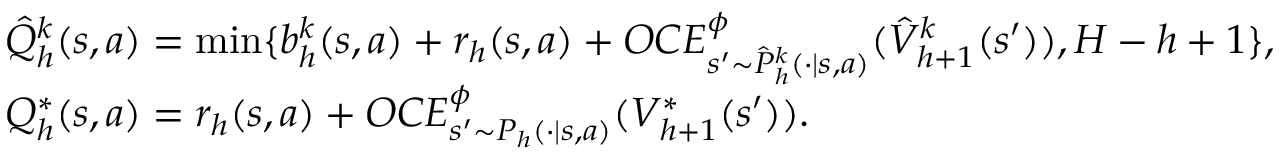
\begin{array} { r l } & { \hat { Q } _ { h } ^ { k } ( s , a ) = \operatorname* { m i n } \{ b _ { h } ^ { k } ( s , a ) + r _ { h } ( s , a ) + O C E _ { s ^ { \prime } \sim \hat { P } _ { h } ^ { k } ( \cdot \vert s , a ) } ^ { \phi } ( \hat { V } _ { h + 1 } ^ { k } ( s ^ { \prime } ) ) , H - h + 1 \} , } \\ & { Q _ { h } ^ { * } ( s , a ) = r _ { h } ( s , a ) + O C E _ { s ^ { \prime } \sim P _ { h } ( \cdot \vert s , a ) } ^ { \phi } ( V _ { h + 1 } ^ { * } ( s ^ { \prime } ) ) . } \end{array}